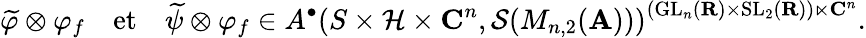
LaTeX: \widetilde{\varphi}\otimes\varphi_{f}\quad\mathrm{et}\quad\widetilde{\psi}\otimes\varphi_{f}\in A^{\bullet}\left(S\times\mathcal{H}\times\mathbf{C}^{n},\mathcal{S}(M_{n,2}(\mathbf{A}))\right)^{(\mathrm{GL}_{n}(\mathbf{R})\times\mathrm{SL}_{2}(\mathbf{R}))\ltimes\mathbf{C}^{n}}.